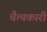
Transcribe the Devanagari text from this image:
चैत्यकारी